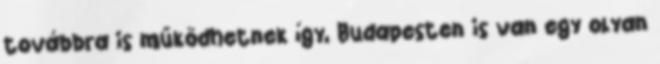
továbbra is működhetnek így, Budapesten is van egy olyan